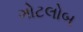
ગોટલોબ